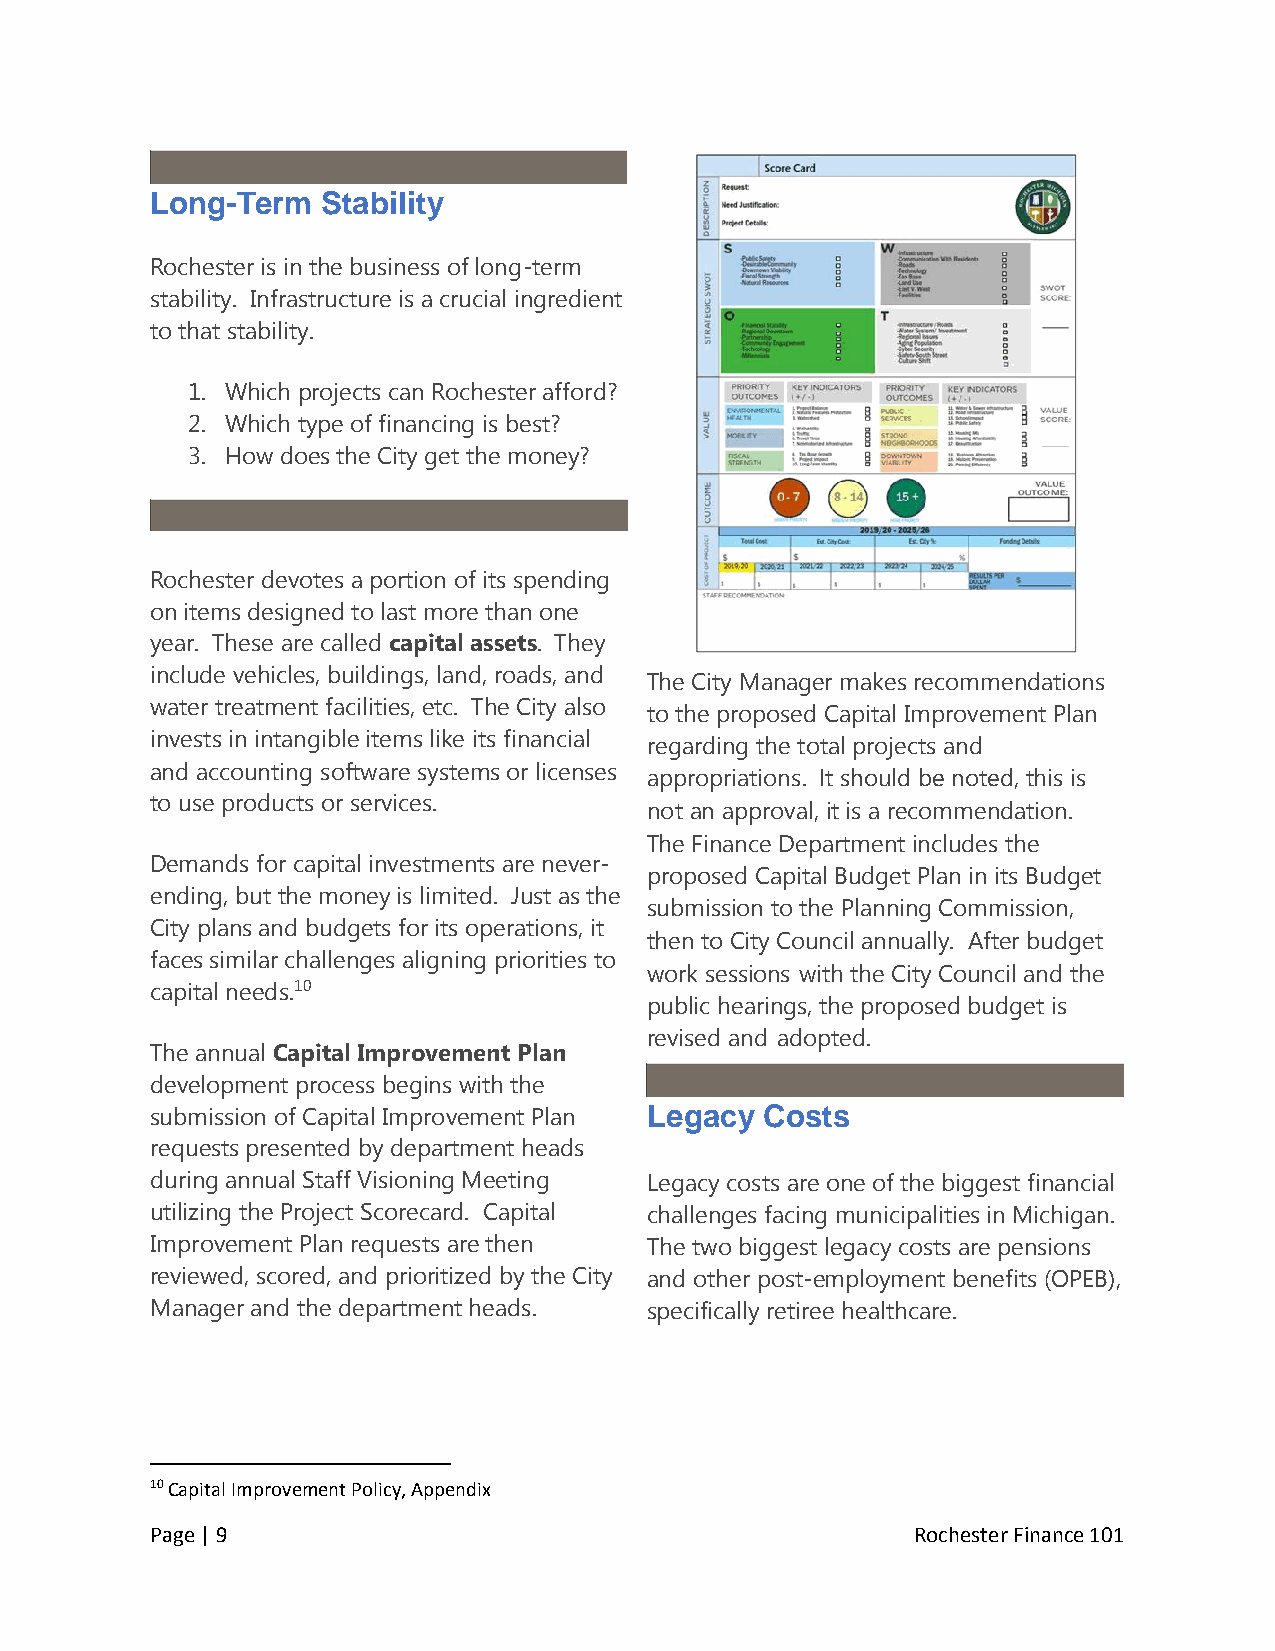
Long-Term  Stability
 Rochester is in the business of long-term
 stability. Infrastructure is a crucial ingredient
 to that stability.
 1. Which projects can Rochester afford?
 2. Which type of financing is best?
 3. How does the City get the money?
 Rochester devotes a portion of its spending
 on items designed to last more than one
 year. These are called capital assets. They
 include vehicles, buildings, land, roads, and
 The City Manager makes recommendations
 water treatment facilities, etc. The City also
 to the proposed Capital Improvement Plan
 invests in intangible items like its financial
 regarding the total projects and
 and accounting software systems or licenses
 appropriations. It should be noted, this is
 to use products or services.
 not an approval, it is a recommendation.
 The Finance Department includes the
 Demands for capital investments are never-
 proposed Capital Budget Plan in its Budget
 ending, but the money is limited. Just as the
 submission to the Planning Commission,
 City plans and budgets for its operations, it
 then to City Council annually. After budget
 faces similar challenges aligning priorities to
 work sessions with the City Council and the
 capital needs.10
 public hearings, the proposed budget is
 revised and adopted.
 The annual Capital Improvement Plan
 development process begins with the
 submission of Capital Improvement Plan Legacy Costs
 requests presented by department heads
 during annual Staff Visioning Meeting Legacy costs are one of the biggest financial
 utilizing the Project Scorecard. Capital challenges facing municipalities in Michigan.
 Improvement Plan requests are then The two biggest legacy costs are pensions
 reviewed, scored, and prioritized by the City and other post-employment benefits (OPEB),
 Manager and the department heads. specifically retiree healthcare.
 10 Capital Improvement Policy, Appendix
 Page | 9                                           Rochester Finance 101